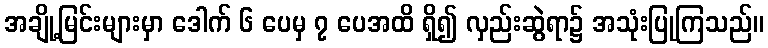
အချို့မြင်းများမှာ ဒေါက် ၆ ပေမှ ၇ ပေအထိ ရှိ၍ လှည်းဆွဲရာ၌ အသုံးပြုကြသည်။